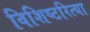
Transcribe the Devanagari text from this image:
विशिष्टरित्या